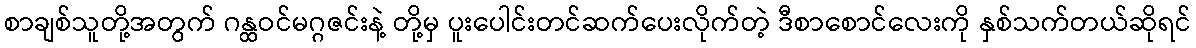
စာချစ်သူတို့အတွက် ဂန္ထဝင်မဂ္ဂဇင်းနဲ့ တို့မှ ပူးပေါင်းတင်ဆက်ပေးလိုက်တဲ့ ဒီစာစောင်လေးကို နှစ်သက်တယ်ဆိုရင်